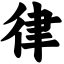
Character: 律